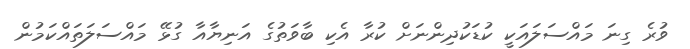
ވުރެ ގިނަ މައްސަލައަކީ ކުޑަކުދިންނަށް ކުރާ އެކި ބާވަތުގެ އަނިޔާއާ ގުޅޭ މައްސަލަތައްކަމުން